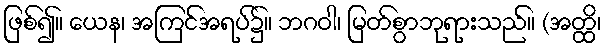
ဖြစ်၍။ ယေန၊ အကြင်အရပ်၌။ ဘဂဝါ၊ မြတ်စွာဘုရားသည်။ (အတ္ထိ၊